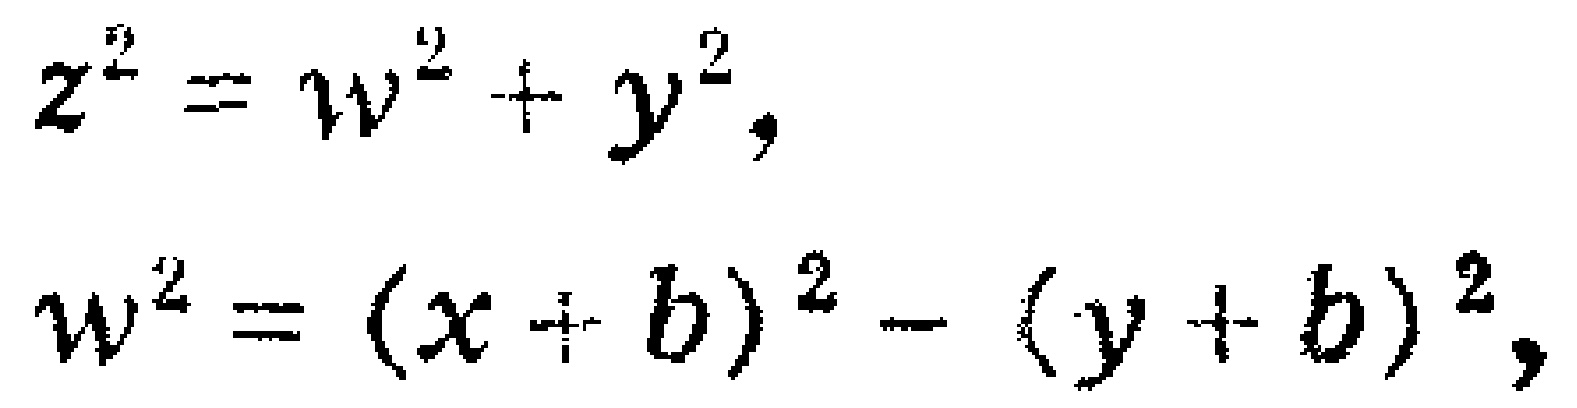
\[
z^{2}=w^{2}+y^{2},
\]
\[
w^{2}=(x + b)^{2}-(y + b)^{2},
\]